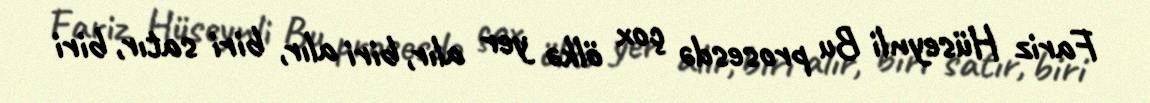
Fariz Hüseynli Bu prosesdə çox ölkə yer alır, biri alır, biri satır, biri